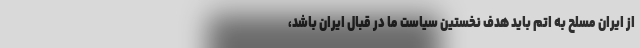
از ایران مسلح به اتم باید هدف نخستین سیاست ما در قبال ایران باشد،